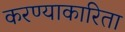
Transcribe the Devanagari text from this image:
करण्याकारिता